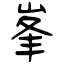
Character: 峯